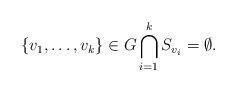
\begin{align*}\{v_1,\ldots , v_k\}\in G\bigcap\limits_{i=1}^k S_{v_i}= \emptyset.\end{align*}